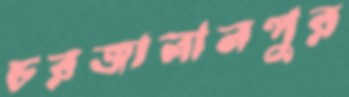
চরজালালপুর